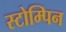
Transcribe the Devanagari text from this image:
स्टोम्पिन